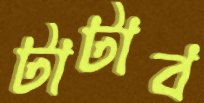
টাটাব